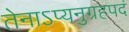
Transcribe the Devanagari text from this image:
तेनाऽप्यनुग्रहपदं